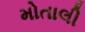
મોતાલી